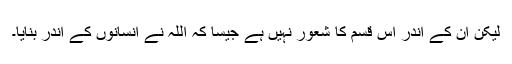
لیکن ان کے اندر اس قسم کا شعور نہیں ہے جیسا کہ اللہ نے انسانوں کے اندر بنایا۔